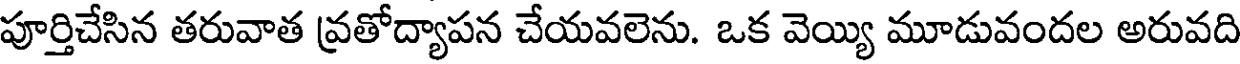
పూర్తిచేసిన తరువాత వ్రతోద్యాపన చేయవలెను. ఒక వెయ్యి మూడువందల అరువది